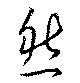
然